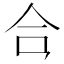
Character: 𪛗